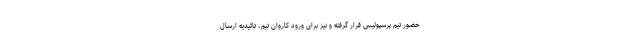
حضور تیم پرسپولیس قرار گرفته و نیز برای ورود کاروان تیم، تائیدیه ارسال